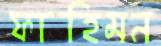
ফাহিমন